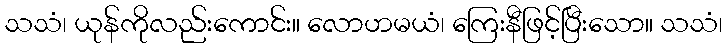
သသံ၊ ယုန်ကိုလည်းကောင်း။ လောဟမယံ၊ ကြေးနီဖြင့်ပြီးသော။ သသံ၊